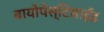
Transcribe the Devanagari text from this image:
बायोपेस्टिसाईड